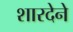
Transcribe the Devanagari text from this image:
शारदेने